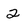
Character: 2